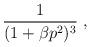
LaTeX: \begin{align*}\frac{1}{(1+\beta p^2)^3}\;,\end{align*}